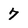
Character: 7